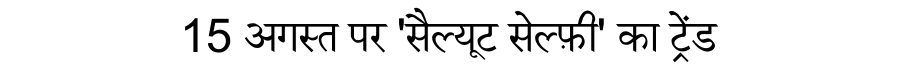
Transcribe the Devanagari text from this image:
15 अगस्त पर 'सैल्यूट सेल्फ़ी' का ट्रेंड